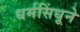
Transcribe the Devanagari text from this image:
धर्मसिंधूने